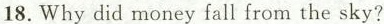
18.Why did money fall from the sky?